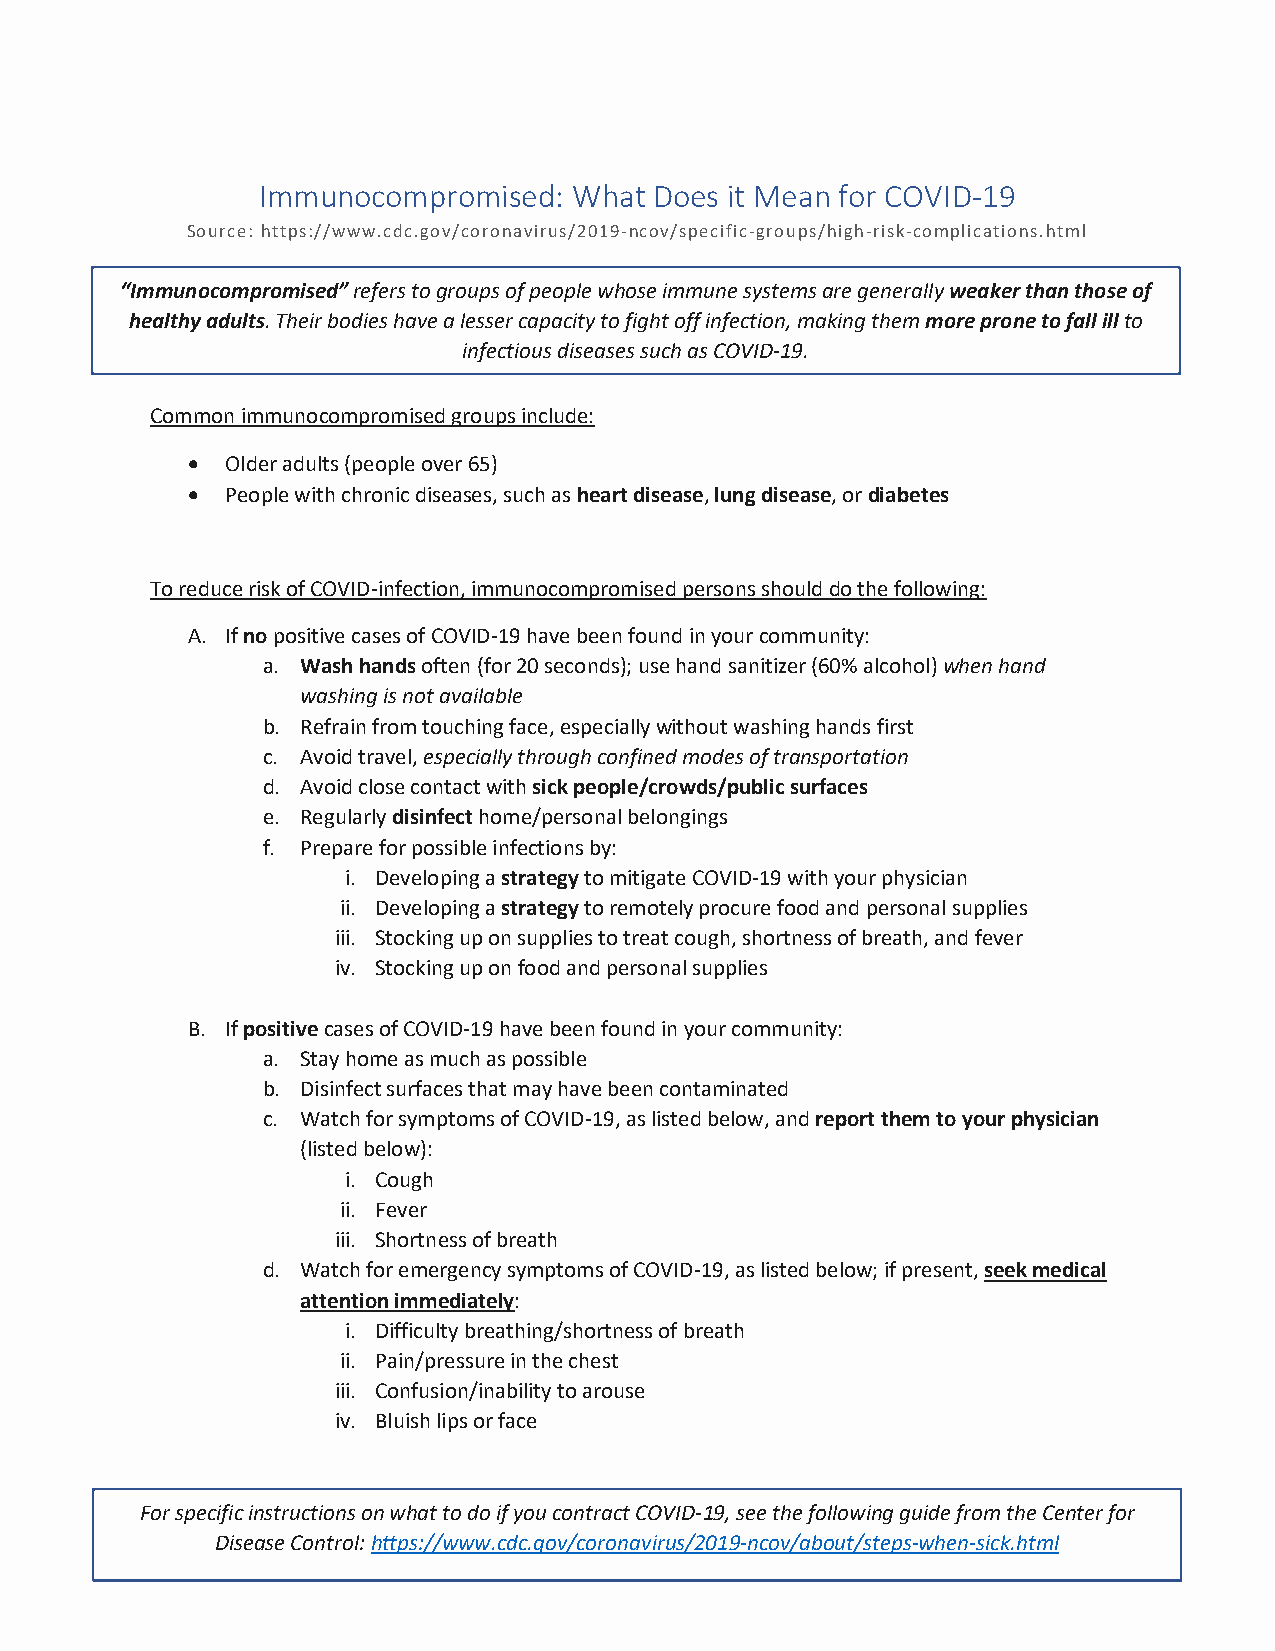
Immunocompromised:   What Does it Mean for COVID-19
 Source: https://www.cdc.gov/coronavirus/2019-ncov/specific-groups/high-risk-complications.html
 “Immunocompromised” refers to groups of people whose immune systems are generally weaker than those of
 he althy adults. Their bodies have a lesser capacity to fight off infection, making them more prone to fall ill to
 infectious diseases such as COVID-19.
 Common immunocompromised groups include:
 •  Older adults (people over 65)
 •  People with chronic diseases, such as heart disease, lung disease, or diabetes
 To reduce risk of COVID-infection, immunocompromised persons should do the following:
 A. If no positive cases of COVID-19 have been found in your community:
 a. Wash hands often (for 20 seconds); use hand sanitizer (60% alcohol) when hand
 washing is not available
 b. Refrain from touching face, especially without washing hands first
 c. Avoid travel, especially through confined modes of transportation
 d. Avoid close contact with sick people/crowds/public surfaces
 e. Regularly disinfect home/personal belongings
 f. Prepare for possible infections by:
 i. Developing a strategy to mitigate COVID-19 with your physician
 ii. Developing a strategy to remotely procure food and personal supplies
 iii. Stocking up on supplies to treat cough, shortness of breath, and fever
 iv. Stocking up on food and personal supplies
 B. If positive cases of COVID-19 have been found in your community:
 a. Stay home as much as possible
 b. Disinfect surfaces that may have been contaminated
 c. Watch for symptoms of COVID-19, as listed below, and report them to your physician
 (listed below):
 i. Cough
 ii. Fever
 iii. Shortness of breath
 d. Watch for emergency symptoms of COVID-19, as listed below; if present, seek medical
 attention immediately:
 i. Difficulty breathing/shortness of breath
 ii. Pain/pressure in the chest
 iii. Confusion/inability to arouse
 iv. Bluish lips or face
 For specific instructions on what to do if you contract COVID-19, see the following guide from the Center for
 Disease Control: https://www.cdc.gov/coronavirus/2019-ncov/about/steps-when-sick.html